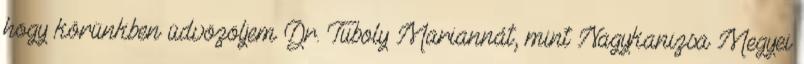
hogy körünkben üdvözöljem Dr. Tuboly Mariannát, mint Nagykanizsa Megyei